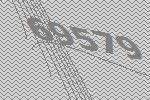
69579